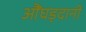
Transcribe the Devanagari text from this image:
औंघड़दानी